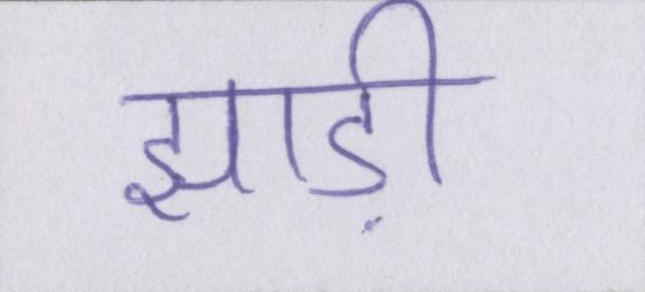
झाड़ी